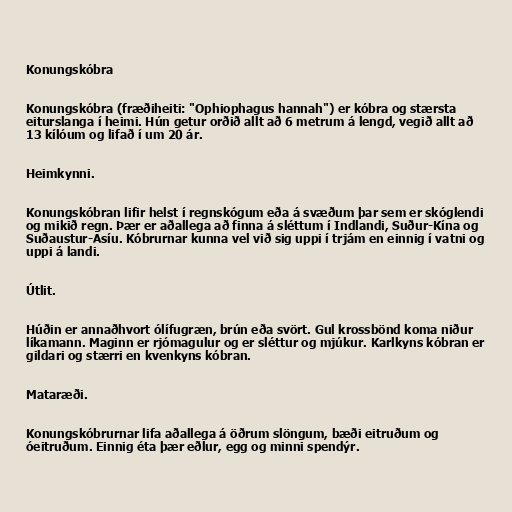
Konungskóbra

Konungskóbra (fræðiheiti: "Ophiophagus hannah") er kóbra og stærsta
eiturslanga í heimi. Hún getur orðið allt að 6 metrum á lengd, vegið allt að
13 kílóum og lifað í um 20 ár.

Heimkynni.

Konungskóbran lifir helst í regnskógum eða á svæðum þar sem er skóglendi
og mikið regn. Þær er aðallega að finna á sléttum í Indlandi, Suður-Kína og
Suðaustur-Asíu. Kóbrurnar kunna vel við sig uppi í trjám en einnig í vatni og
uppi á landi.

Útlit.

Húðin er annaðhvort ólífugræn, brún eða svört. Gul krossbönd koma niður
líkamann. Maginn er rjómagulur og er sléttur og mjúkur. Karlkyns kóbran er
gildari og stærri en kvenkyns kóbran.

Mataræði.

Konungskóbrurnar lifa aðallega á öðrum slöngum, bæði eitruðum og
óeitruðum. Einnig éta þær eðlur, egg og minni spendýr.